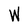
Character: W